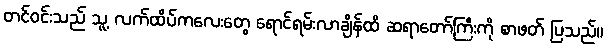
တင်ဝင်းသည် သူ့ လက်ထိပ်ကလေးတွေ ရောင်ရမ်းလာချိန်ထိ ဆရာတော်ကြီးကို စာဖတ် ပြသည်။